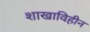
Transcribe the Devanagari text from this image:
शाखाविहीन